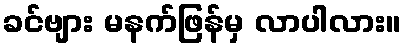
ခင်ဗျား မနက်ဖြန်မှ လာပါလား။